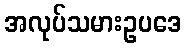
အလုပ်သမားဥပဒေ